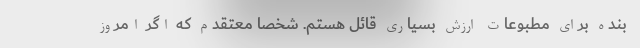
بنده برای مطبوعات ارزش بسیاری قائل هستم. شخصاً معتقدم که اگر امروز